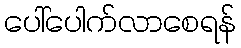
ပေါ်ပေါက်လာစေရန်